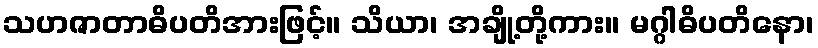
သဟဇာတာဓိပတိအားဖြင့်။ သိယာ၊ အချို့တို့ကား။ မဂ္ဂါဓိပတိနော၊